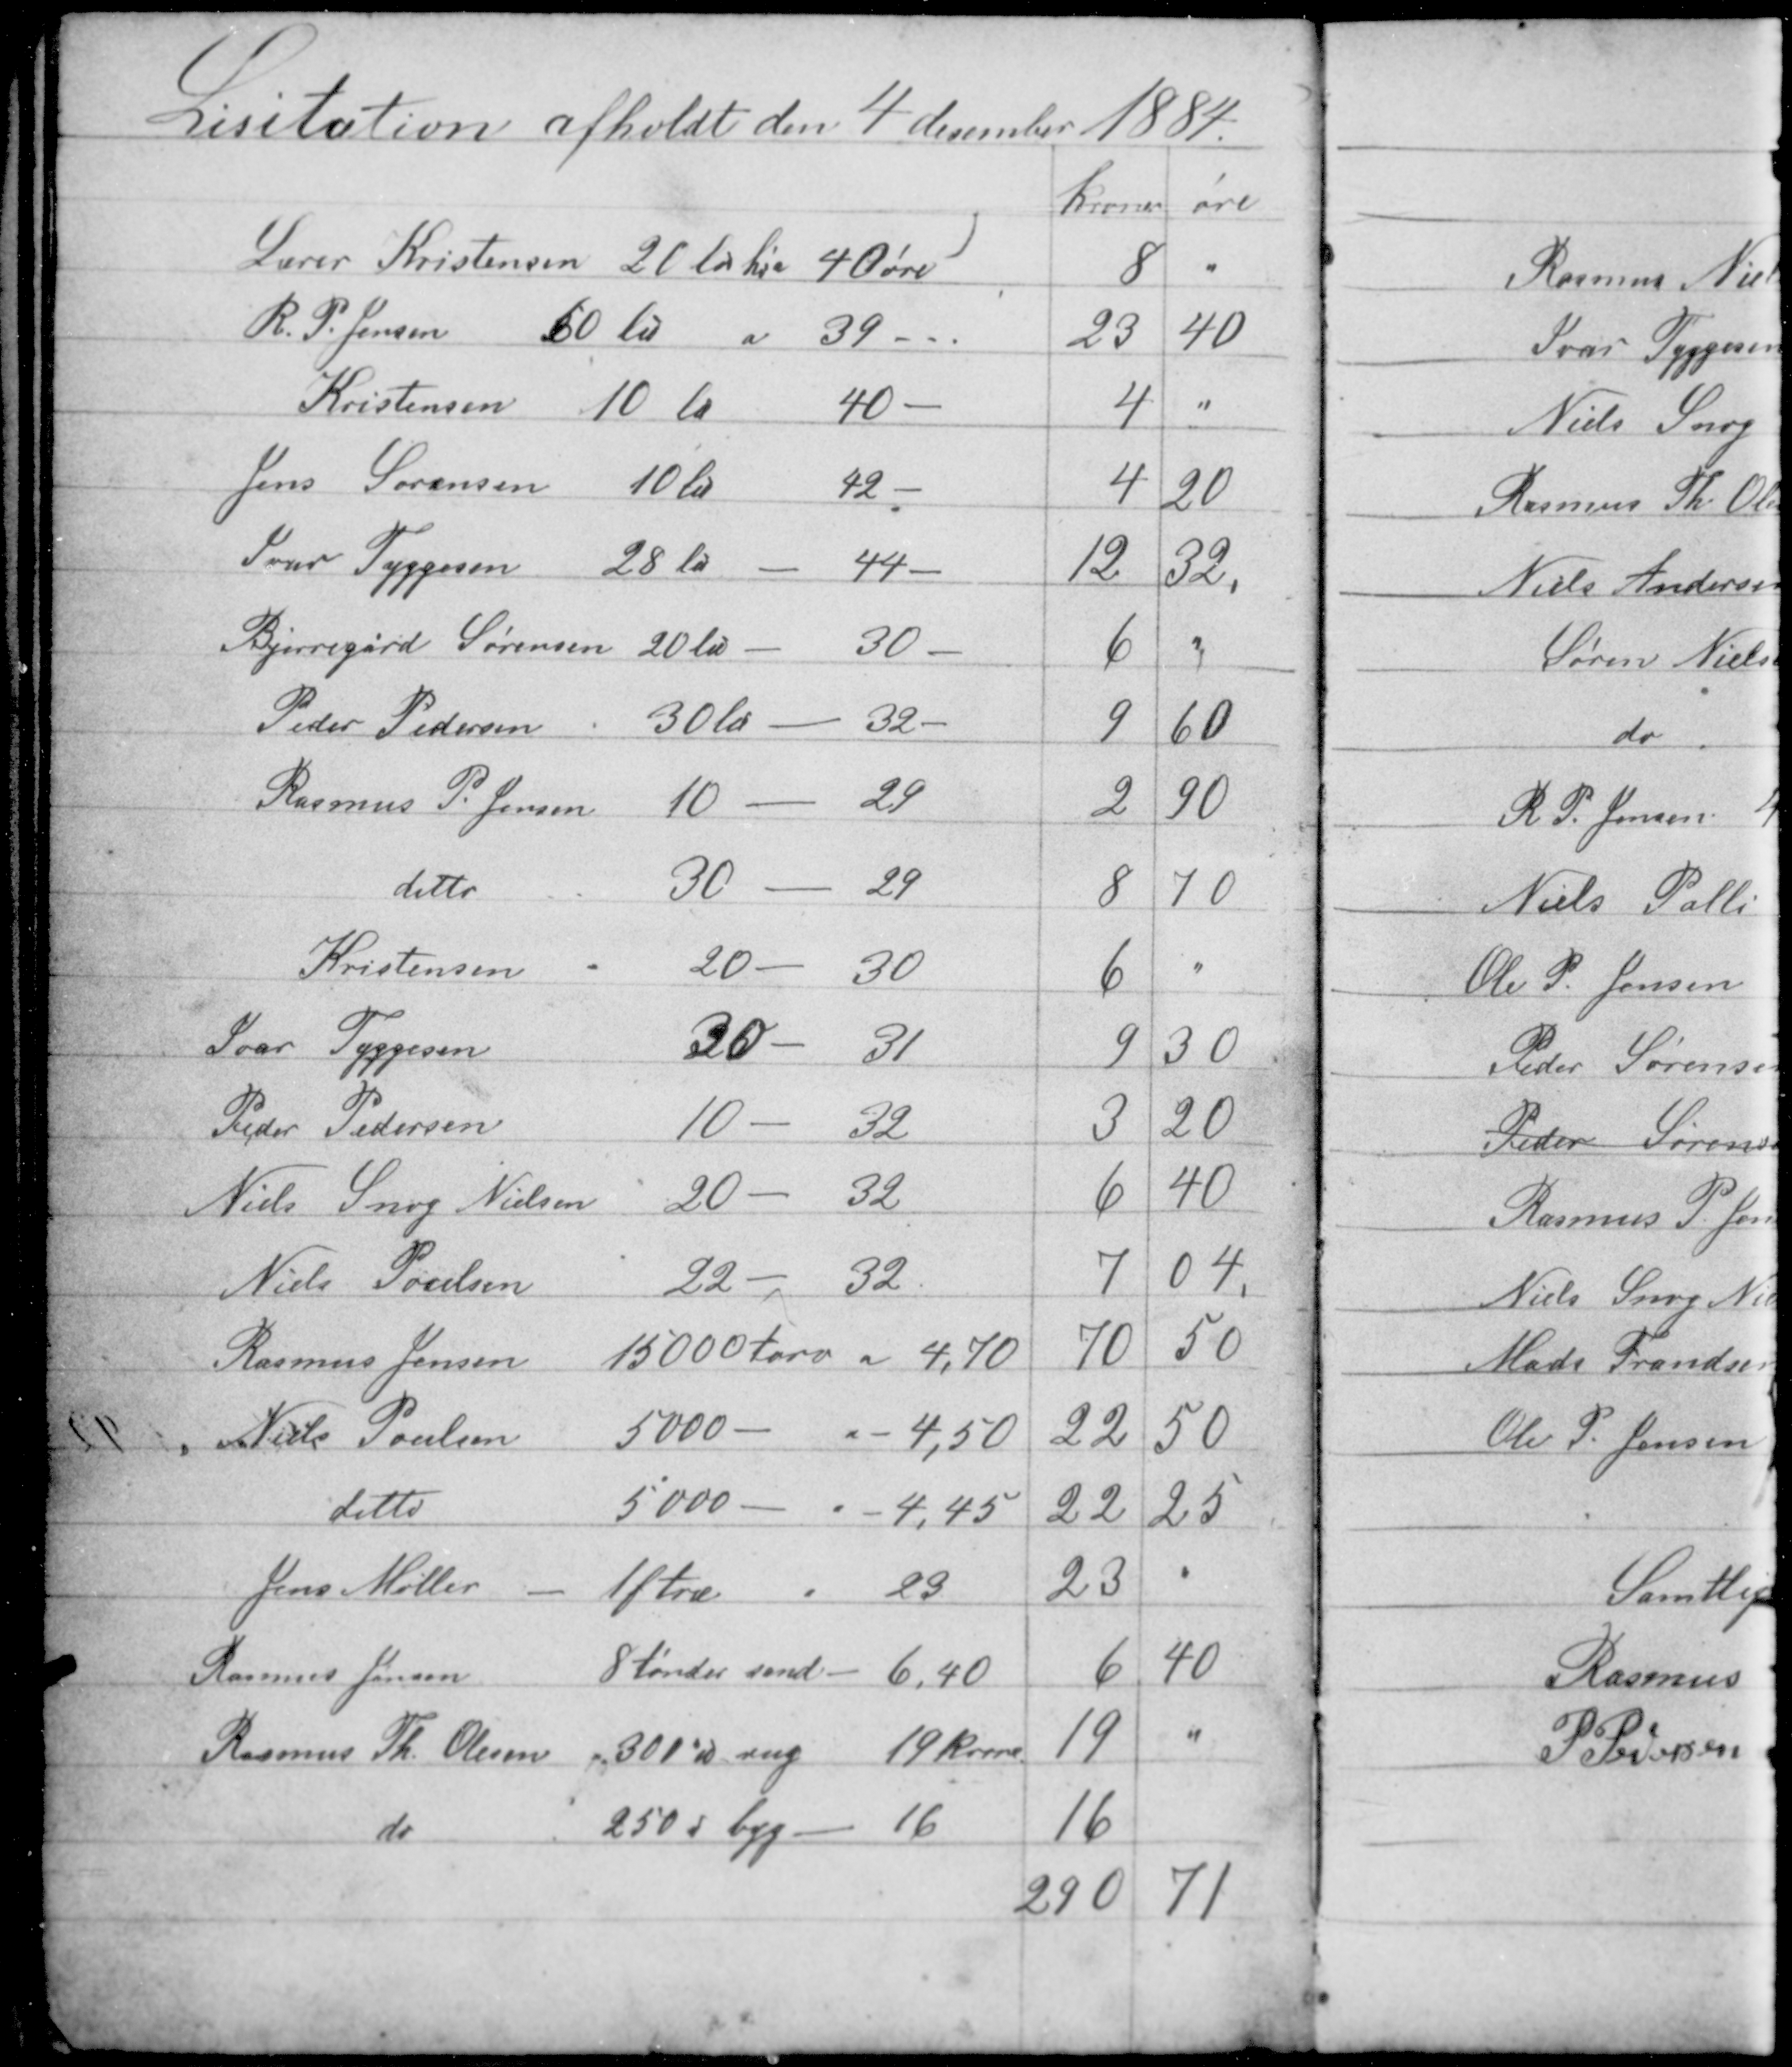
Transskription:
Lisitation afholdt den 4 december 1884